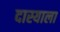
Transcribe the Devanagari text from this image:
दास्याला